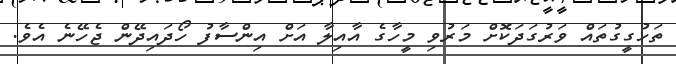
ތަހުގީގުތައް ވަރުގަދަކޮށް މަރުވި މީހާގެ އާއިލާ އަށް އިންސާފު ހޯދައިދޭން ޖެހޭނެ އެވެ.